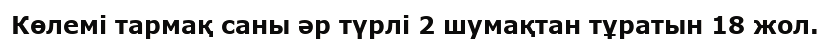
Көлемі тармақ саны әр түрлі 2 шумақтан тұратын 18 жол.